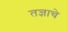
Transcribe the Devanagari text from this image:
तज्ञाचे